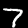
Digit: 7